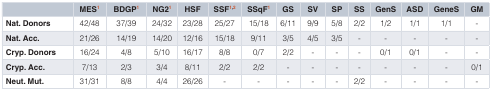
<table><thead><tr><td></td><td><b>MES<sup>1</sup></b></td><td><b>BDGP<sup>1</sup></b></td><td><b>NG2<sup>1</sup></b></td><td><b>HSF</b></td><td><b>SSF<sup>1,2</sup></b></td><td><b>SSqF<sup>1</sup></b></td><td><b>GS</b></td><td><b>SV</b></td><td><b>SP</b></td><td><b>SS</b></td><td><b>GenS</b></td><td><b>ASD</b></td><td><b>GeneS</b></td><td><b>GM</b></td></tr></thead><tbody><tr><td><b>Nat. Donors</b></td><td>42/48</td><td>37/39</td><td>24/32</td><td>23/28</td><td>25/27</td><td>15/18</td><td>6/11</td><td>9/9</td><td>5/8</td><td>2/2</td><td>1/2</td><td>1/1</td><td>1/1</td><td>-</td></tr><tr><td><b>Nat. Acc.</b></td><td>21/26</td><td>14/19</td><td>14/20</td><td>12/16</td><td>15/18</td><td>9/11</td><td>3/5</td><td>4/5</td><td>3/5</td><td>-</td><td>-</td><td>-</td><td>-</td><td>-</td></tr><tr><td><b>Cryp. Donors</b></td><td>16/24</td><td>4/8</td><td>5/10</td><td>16/17</td><td>8/8</td><td>0/7</td><td>2/2</td><td>-</td><td>-</td><td>-</td><td>0/1</td><td>0/1</td><td>-</td><td>-</td></tr><tr><td><b>Cryp. Acc.</b></td><td>7/13</td><td>2/3</td><td>3/4</td><td>8/11</td><td>2/2</td><td>2/2</td><td>-</td><td>-</td><td>-</td><td>-</td><td>-</td><td>-</td><td>-</td><td>0/1</td></tr><tr><td><b>Neut. Mut.</b></td><td>31/31</td><td>8/8</td><td>4/4</td><td>26/26</td><td>-</td><td>-</td><td>-</td><td>-</td><td>-</td><td>2/2</td><td>-</td><td>-</td><td>-</td><td>-</td></tr></tbody></table>